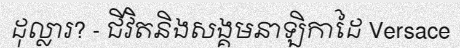
ដុល្លារ? - ជីវិតនិងសង្គមនាឡិកាដៃ Versace